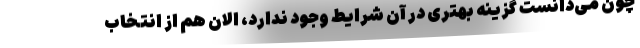
چون می‌دانست گزینه بهتری در آن شرایط وجود ندارد، الان هم از انتخاب